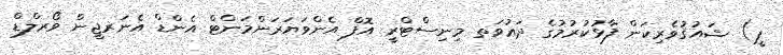
ޕީ) ޝައުޤުވެރިކަން ފާޅުކުރުމުގެ ދަޢުވަތ މިނިސްޓްރީ އޮފް އެންވަޔަރަންމަންޓް އެންޑް އެނަރޖީން ވޯރލްޑް